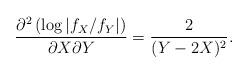
LaTeX: \begin{align*}\frac{\partial^2\left(\log|f_X/f_Y|\right)}{\partial X\partial Y}=\frac{2}{(Y-2X)^2}.\end{align*}